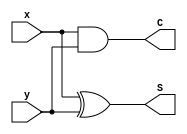
`timescale 1ns / 1ps
//////////////////////////////////////////////////////////////////////////////////
// Company: 
// Engineer: 
// 
// Design Name: 
// Module Name: half_adder
// Project Name: 
// Target Devices: 
// Tool Versions: 
// Description: 
// 
// Dependencies: 
// 
// Revision:
// Revision 0.01 - File Created
// Additional Comments:
// 
//////////////////////////////////////////////////////////////////////////////////


module half_adder(
    input x,
    input y,
    output C,
    output S
    );
    
    xor G1(S, x, y);
    and G2(C, x, y); 
    
endmodule